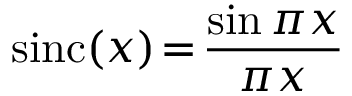
\mathrm { s i n c } ( x ) \! = \! \frac { \sin { \pi x } } { \pi x }